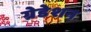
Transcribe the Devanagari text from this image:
ग्रेडेशन